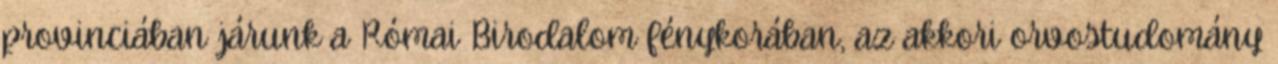
provinciában járunk a Római Birodalom fénykorában, az akkori orvostudomány